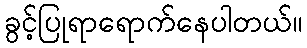
ခွင့်ပြုရာရောက်နေပါတယ်။